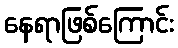
နေရာဖြစ်ကြောင်း